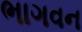
ભાગવન